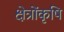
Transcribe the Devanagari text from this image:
क्षेत्रोंकृषि